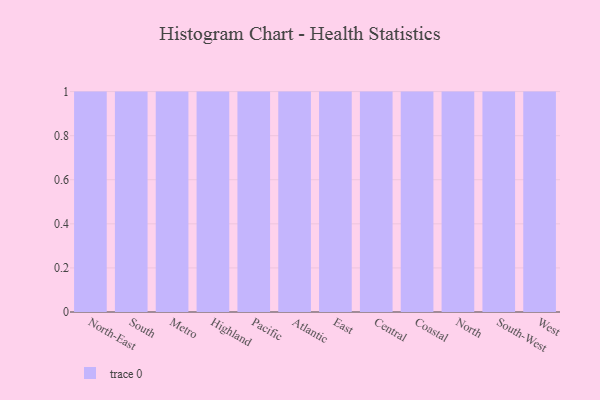
{"axis": {"x": "Region", "y": "Customer Acquisition Cost (USD)"}, "legend": [""], "data": [{"x": "North-East", "y": 52, "type": ""}, {"x": "South", "y": 91, "type": ""}, {"x": "Metro", "y": 75, "type": ""}, {"x": "Highland", "y": 27, "type": ""}, {"x": "Pacific", "y": 18, "type": ""}, {"x": "Atlantic", "y": 39, "type": ""}, {"x": "East", "y": 3, "type": ""}, {"x": "Central", "y": 16, "type": ""}, {"x": "Coastal", "y": 46, "type": ""}, {"x": "North", "y": 16, "type": ""}, {"x": "South-West", "y": 69, "type": ""}, {"x": "West", "y": 82, "type": ""}]}